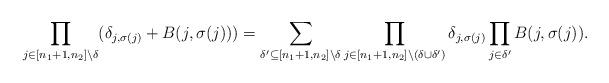
LaTeX: \begin{align*}\prod\limits_{j\in [n_1+1,n_2]\setminus\delta}(\delta_{j,\sigma(j)}+B(j,\sigma(j)))=\sum\limits_{\delta'\subseteq [n_1+1,n_2]\setminus\delta}\prod\limits_{j\in[n_1+1,n_2]\setminus(\delta\cup\delta')}\delta_{j,\sigma(j)}\prod\limits_{j\in\delta'}B(j,\sigma(j)).\end{align*}